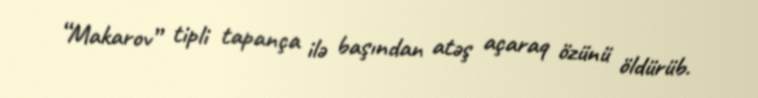
“Makarov” tipli tapança ilə başından atəş açaraq özünü öldürüb.